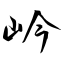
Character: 岒